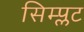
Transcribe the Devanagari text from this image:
सिम्प्लट